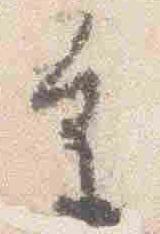
重